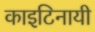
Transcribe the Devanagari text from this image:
काइटिनायी